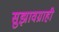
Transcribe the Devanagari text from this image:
सुझावग्राही